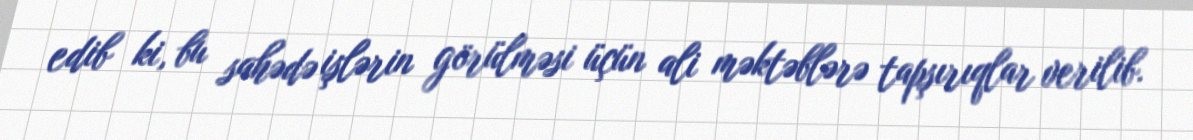
edib ki, bu sahədə işlərin görülməsi üçün ali məktəblərə tapşırıqlar verilib.